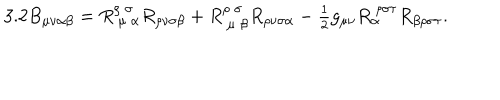
3 . 2 B _ { \mu \nu \alpha \beta } = R _ { \ \mu \ \alpha } ^ { \rho \ \sigma \ } R _ { \rho \nu \sigma \beta } + R _ { \ \mu \ \beta } ^ { \rho \ \sigma \ } R _ { \rho \nu \sigma \alpha } - \textstyle { \frac { 1 } { 2 } } g _ { \mu \nu } R _ { \alpha } ^ { \ \rho \sigma \tau } R _ { \beta \rho \sigma \tau } .